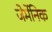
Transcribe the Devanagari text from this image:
जेर्मेनिक